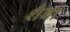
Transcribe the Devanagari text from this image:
शैबा